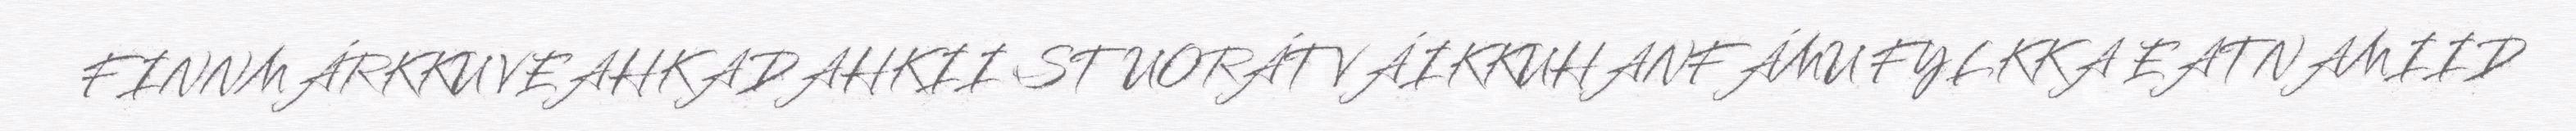
FINNMÁRKKU VEAHKADAHKII STUORÁT VÁIKKUHANFÁMU FYLKKA EATNAMIID